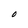
Character: O